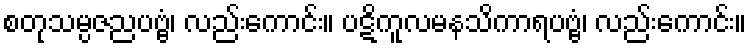
စတုသမ္ပဇညပဗ္ဗံ၊ လည်းကောင်း။ ပဋိကူလမနသိကာရပဗ္ဗံ၊ လည်းကောင်း။